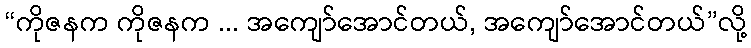
“ကိုဇနက ကိုဇနက ... အကျော်အောင်တယ်, အကျော်အောင်တယ်”လို့